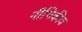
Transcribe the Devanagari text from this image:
नीभिकीय